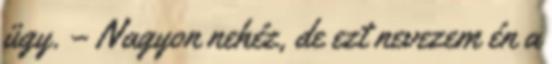
ügy. – Nagyon nehéz, de ezt nevezem én a